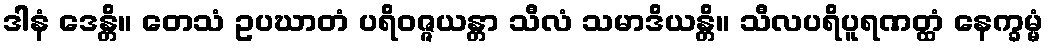
ဒါနံ ဒေန္တိ။ တေသံ ဥပဃာတံ ပရိဝဇ္ဇယန္တာ သီလံ သမာဒိယန္တိ။ သီလပရိပူရဏတ္ထံ နေက္ခမ္မံ